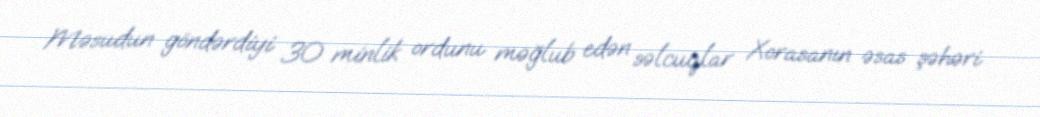
Məsudun göndərdiyi 30 minlik ordunu məğlub edən səlcuqlar Xorasanın əsas şəhəri